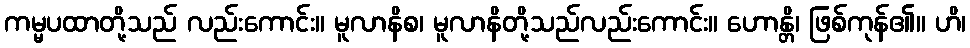
ကမ္မပထာတို့သည် လည်းကောင်း။ မူလာနိစ၊ မူလာနိတို့သည်လည်းကောင်း။ ဟောန္တိ၊ ဖြစ်ကုန်၏။ ဟိ၊